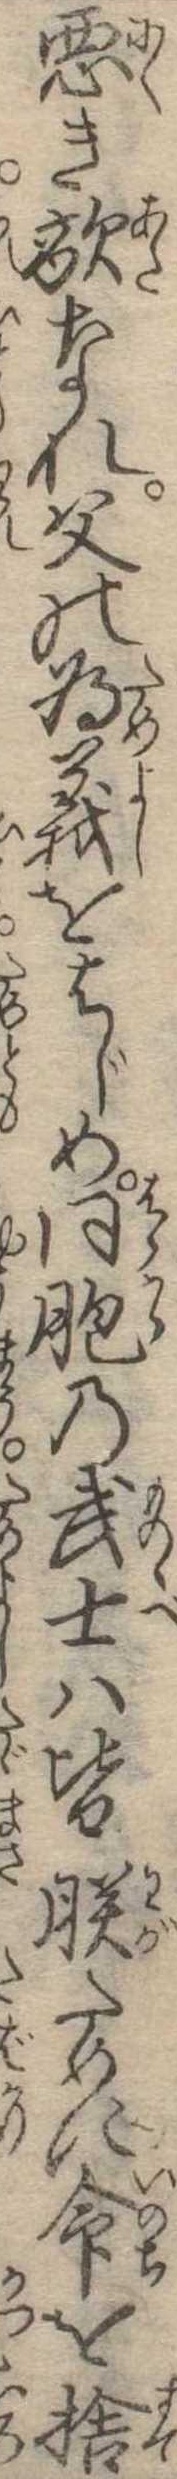
悪き敵なれ父の為義をはじめ同胞の武士は皆朕ために命を捨